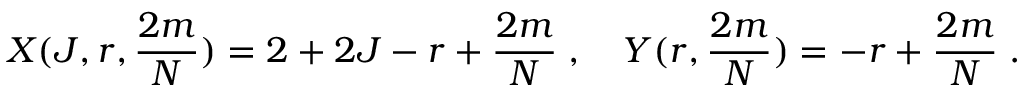
X ( J , r , { \frac { 2 m } { N } } ) = 2 + 2 J - r + { \frac { 2 m } { N } } \; , \quad Y ( r , { \frac { 2 m } { N } } ) = - r + { \frac { 2 m } { N } } \; .